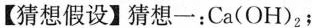
【猜想假设】猜想一：Ca(OH)_{2}；